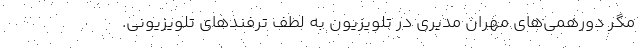
مگر دورهمی‌های مهران مدیری در تلویزیون به لطف ترفندهای تلویزیونی.